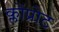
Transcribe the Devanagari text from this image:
क्लोंप्रोट